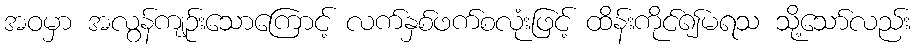
အဝမှာ အလွန်ကျဉ်းသောကြောင့် လက်နှစ်ဖက်စလုံးဖြင့် ထိန်းကိုင်၍မရသ သို့သော်လည်း